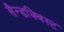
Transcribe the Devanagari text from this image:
सैन्डक्विस्ट